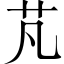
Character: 芃